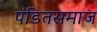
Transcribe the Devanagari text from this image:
पंडितसमाज